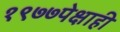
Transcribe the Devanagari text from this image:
१९७७पेक्षाही